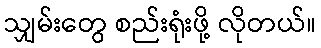
သျှမ်းတွေ စည်းရုံးဖို့ လိုတယ်။